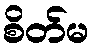
စိတ်မ